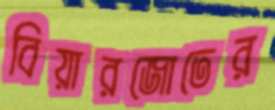
বিয়ারজোতের